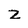
Character: z